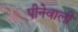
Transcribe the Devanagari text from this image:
पीनेवाली